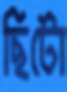
ছিটো